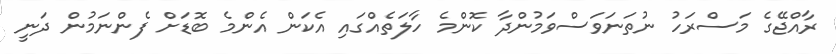
ރާއްޖޭގެ މަސްރަހު ނުތަނަވަސްވަމުންދާ ކޮންމެ ހާލަތެއްގައި އެކަން އެންމެ ބޮޑަށް ފެންނަމުން ދަނީ